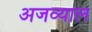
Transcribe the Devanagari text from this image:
अजव्याल